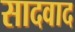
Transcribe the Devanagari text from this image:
सादवाद